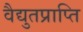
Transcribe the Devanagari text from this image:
वैद्युतप्राप्ति